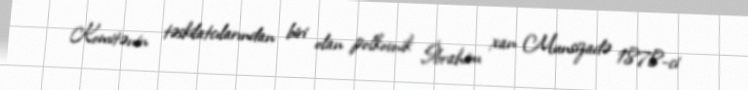
Komitənin təskilatcılarından biri olan polkovnik İbrahim xan Munsizadə 1878-ci